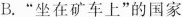
B.”坐在矿车上”的国家